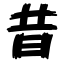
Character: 昔